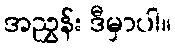
အညွှန်း ဒီမှာပါ။